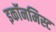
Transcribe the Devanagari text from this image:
इकॉनमिस्ट